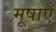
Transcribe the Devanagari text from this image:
मूषाएँ